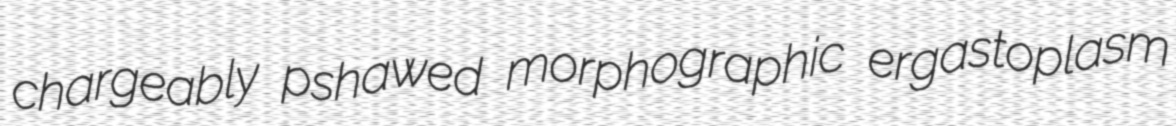
chargeably pshawed morphographic ergastoplasm